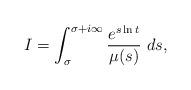
LaTeX: \begin{align*}I = \int _{\sigma}^{\sigma +i\infty} \frac{e^{s\ln t}}{\mu (s)}\ ds,\end{align*}